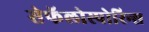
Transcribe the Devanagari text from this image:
सेफॅलोस्पोरिन्स